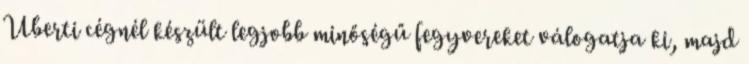
Uberti cégnél készült legjobb minőségű fegyvereket válogatja ki, majd